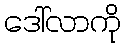
ဒေါ်လာကို